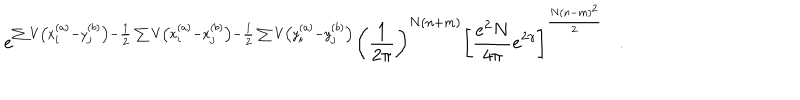
LaTeX: e ^ { \sum V \left( x _ { i } ^ { ( a ) } - y _ { j } ^ { ( b ) } \right) - \frac { 1 } { 2 } \sum V \left( x _ { i } ^ { ( a ) } - x _ { j } ^ { ( b ) } \right) - \frac { 1 } { 2 } \sum V \left( y _ { i } ^ { ( a ) } - y _ { j } ^ { ( b ) } \right) } \left( \frac { 1 } { 2 \pi } \right) ^ { N ( n + m ) } \left[ \frac { e ^ { 2 } N } { 4 \pi } e ^ { 2 \gamma } \right] ^ { \frac { N ( n - m ) ^ { 2 } } { 2 } } .